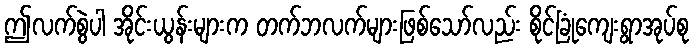
ဤလက်စွဲပါ အိုင်းယွန်းများက တက်ဘလက်များဖြစ်သော်လည်း စိုင်ခြုံကျေးရွာအုပ်စု